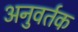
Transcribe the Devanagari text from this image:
अनुवर्तक